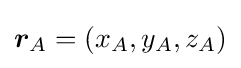
\displaystyle {\boldsymbol {r}}_{A}=(x_{A},y_{A},z_{A})